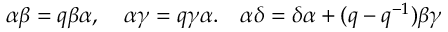
\alpha \beta = q \beta \alpha , \quad \alpha \gamma = q \gamma \alpha . \quad \alpha \delta = \delta \alpha + ( q - q ^ { - 1 } ) \beta \gamma